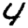
Digit: 4